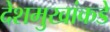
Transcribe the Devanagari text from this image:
देशमुखांकडे